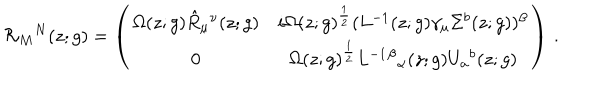
{ \cal R } _ { M } { } ^ { N } ( z ; g ) = \left( \begin{array} { c c } { { \Omega ( z ; g ) \hat { R } _ { \mu } { } ^ { \nu } ( z ; g ) } } & { { i \Omega ( z ; g ) ^ { \frac { 1 } { 2 } } ( L ^ { - 1 } ( z ; g ) \gamma _ { \mu } \Sigma ^ { b } ( z ; g ) ) ^ { \beta } } } \\ { { 0 } } & { { \Omega ( z ; g ) ^ { \frac { 1 } { 2 } } L ^ { - 1 } { } ^ { \beta } { } _ { \alpha } ( z ; g ) U _ { a } { } ^ { b } ( z ; g ) } } \\ \end{array} \right) \, .